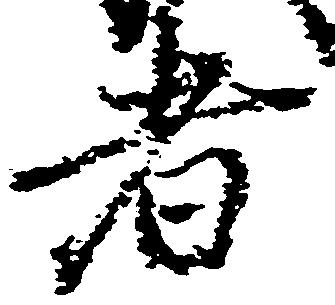
者